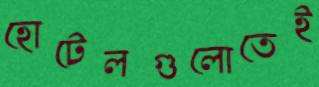
হোটেলগুলোতেই